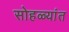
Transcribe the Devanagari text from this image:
सोहळ्यांत